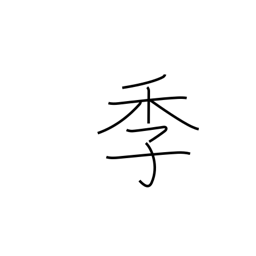
Meaning: seasons